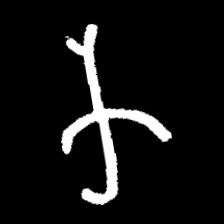
Pyu character \u2014 Myanmar letter: က (romanized: ka)